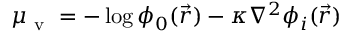
{ \mu _ { \mathrm { ~ v ~ } } = - \log \phi _ { 0 } ( \vec { r } ) - \kappa \nabla ^ { 2 } \phi _ { i } ( \vec { r } ) }